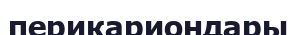
перикариондары